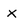
Character: X